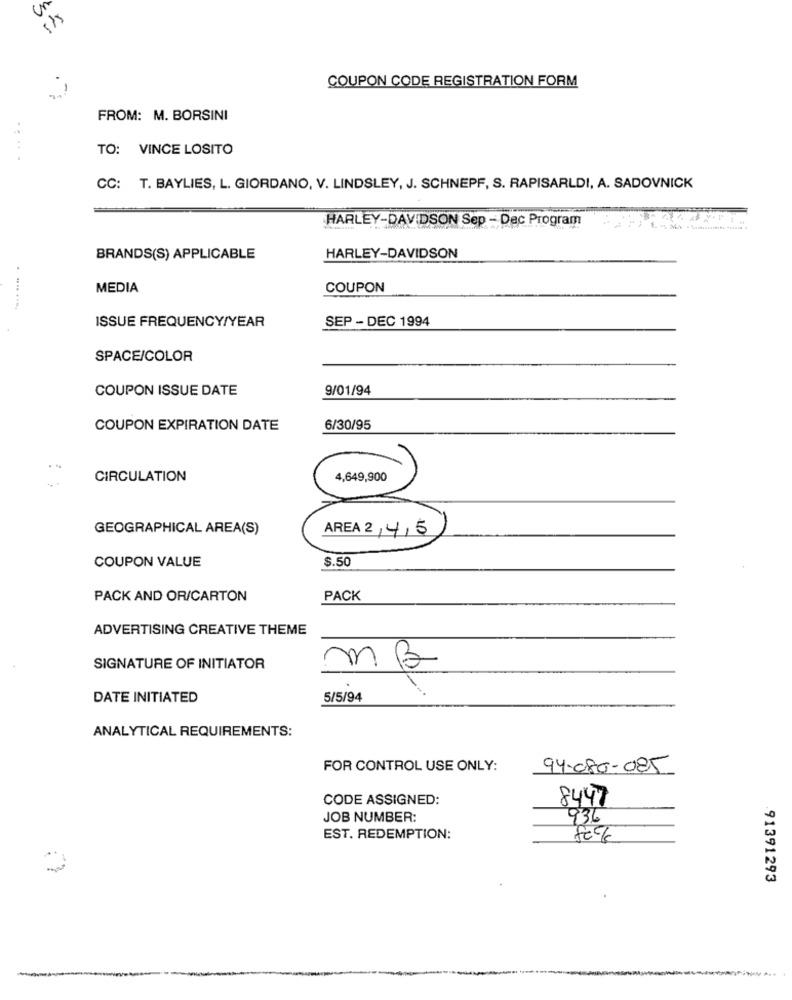
COUPON CODE REGISTRATION FORM
FROM: M. BORSINI
TO: VINCE LOSITO
....
CC: T. BAYLIES, L. GIORDANO, V. LINDSLEY, J. SCHNEPF, S. RAPISARLDI, A. SADOVNICK
HARLEY-DAVIDSON Sep - Dec Program
BRANDS(S) APPLICABLE
HARLEY-DAVIDSON
MEDIA
COUPON
ISSUE FREQUENCY/YEAR
SEP - DEC 1994
SPACE/COLOR
COUPON ISSUE DATE
9/01/94
COUPON EXPIRATION DATE
6/30/95
CIRCULATION
4,649,900
GEOGRAPHICAL AREA(S)
AREA 2, 4,5
COUPON VALUE
$.50
PACK AND OR/CARTON
PACK
ADVERTISING CREATIVE THEME
SIGNATURE OF INITIATOR
MB
.
DATE INITIATED
5/5/94
ANALYTICAL REQUIREMENTS:
FOR CONTROL USE ONLY:
94-080-085
CODE ASSIGNED:
8447
JOB NUMBER:
936
EST. REDEMPTION:
91391293